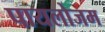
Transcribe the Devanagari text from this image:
पायलोजम